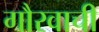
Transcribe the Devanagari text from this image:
गौरवाची